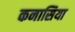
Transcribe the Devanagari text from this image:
कनासिया